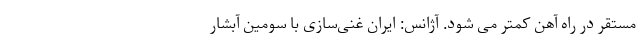
مستقر در راه آهن کمتر می شود. آژانس: ایران غنی‌سازی با سومین آبشار